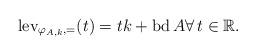
LaTeX: \begin{align*} \operatorname*{lev}\nolimits_{\varphi_{A,k},=}(t) = tk+ \operatorname*{bd}A \forall\, t \in \mathbb{R}. \end{align*}